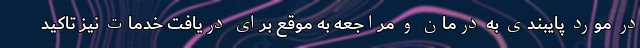
در مورد پایبندی به درمان و مراجعه به موقع برای دریافت خدمات نیز تاکید